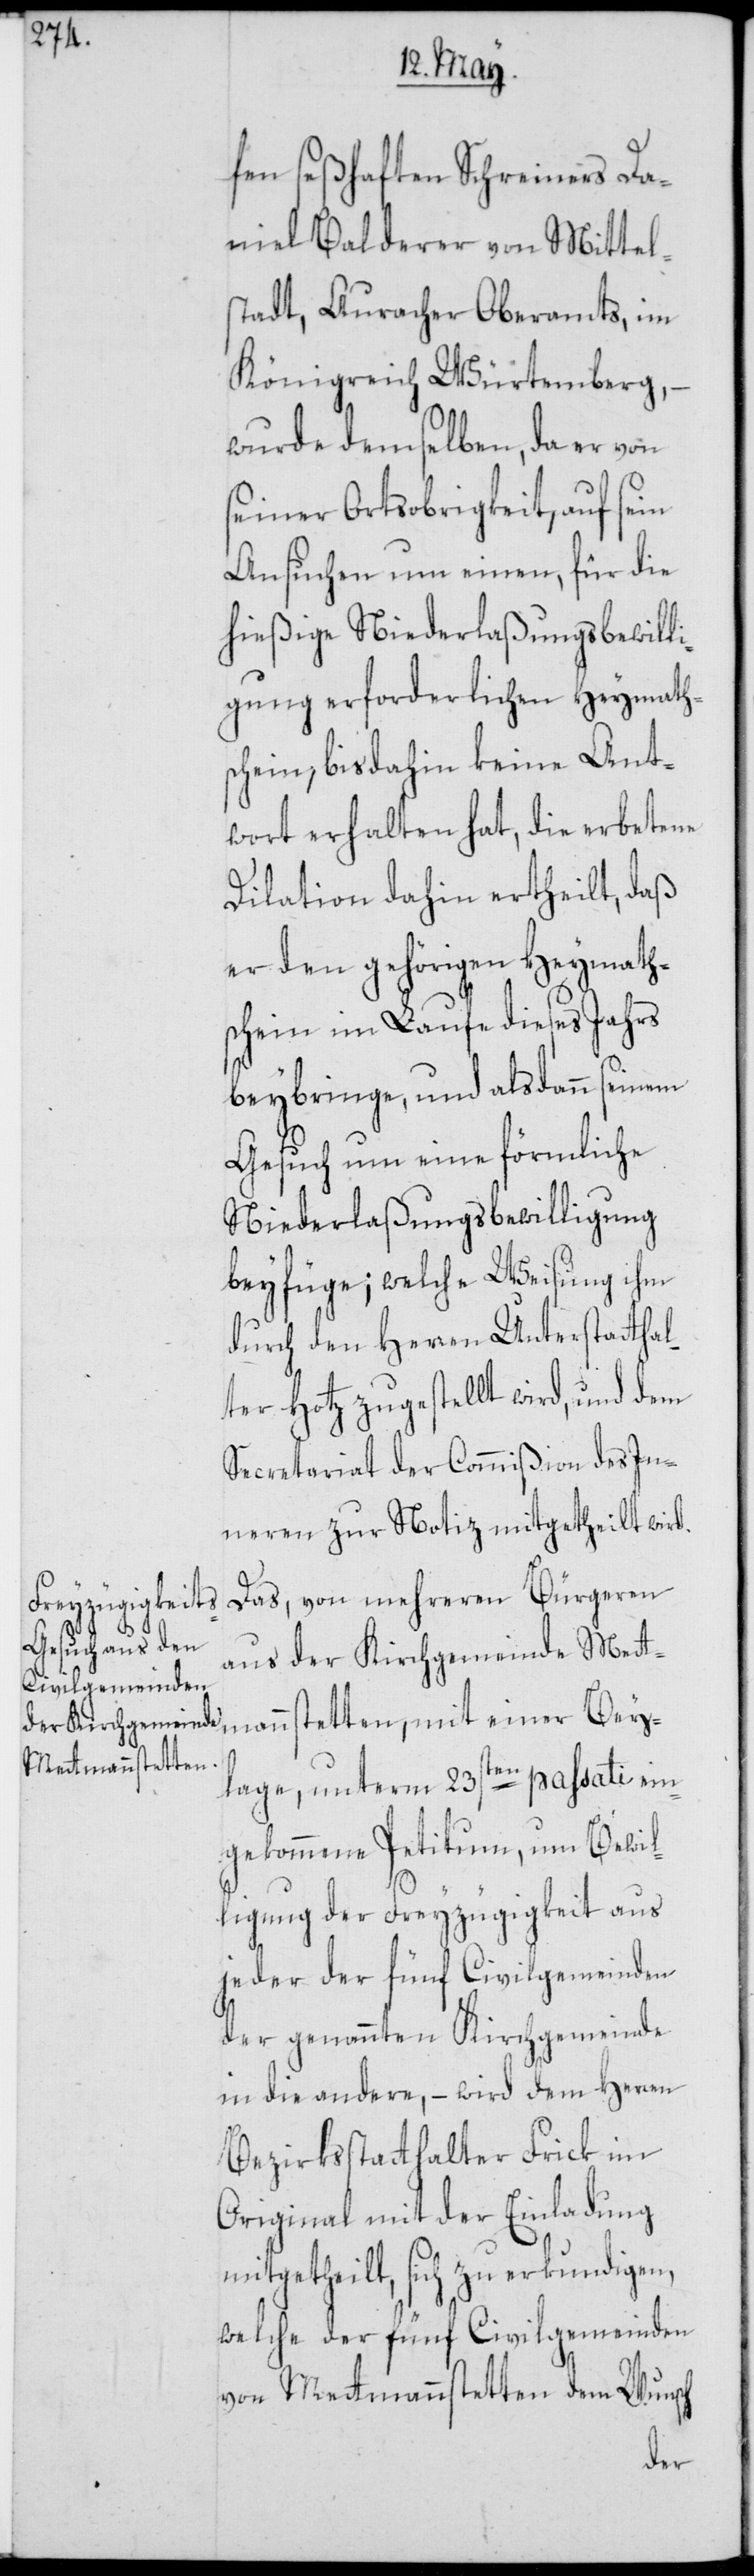
fen seßhaften Schreiners Da¬
niel Balderer von Mittels¬
tadt, Auracher Oberamts, im
Königreich Würtemberg, –
wurde demselben, da er von
seiner Ortsobrigkeit, auf sein
Ansuchen um einen, für die
hießige Niederlaßungsbewilli¬
gung erforderlichen Heymaths¬
chein, bis dahin keine Ant¬
wort erhalten hat, die erbetene
Dilation dahin ertheilt, daß
er den gehörigen Heymath¬
schein im Laufe dieses Jahrs
beybringe, und alsdann seinem
Gesuch um eine förmliche
Niederlaßungsbewilligung
beyfüge; welche Weisung ihm
durch den Herren Unterstatthal¬
er Hotz zugestellt wird, und dem
Secretariat der Commißion des In¬
neren zur Notiz mitgetheilt wird.
Das, von mehreren Bürgeren
aus der Kirchgemeinde Mett¬
mannstetten, mit einer Bey¬
lage, unterm 23sten passati ein¬
gekommene Petitum, um Bewil¬
ligung der Freyzügigkeit aus
jeder der fünf Civilgemeinden
der genannten Kirchgemeinde
in die andere, – wird dem Herren
Bezirksstatthalter Frick im
Original mit der Einladung
mitgetheilt, sich zu erkundigen,
welche der fünf Civilgemeinden
von Mettmannstetten dem Wunsch